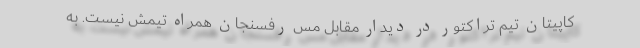
کاپیتان تیم تراکتور در دیدار مقابل مس رفسنجان همراه تیمش نیست. به